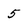
Character: 5